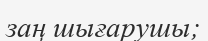
заң шығарушы;